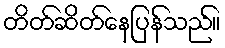
တိတ်ဆိတ်နေပြန်သည်။